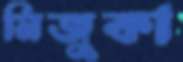
মিজুকা